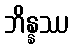
ဘိန္နဿ